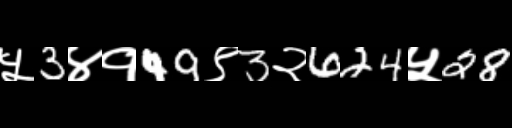
Text: ५3४१49९3२624५28